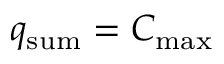
q _ { \mathrm { s u m } } = C _ { \mathrm { m a x } }